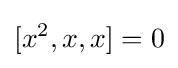
[x^{2},x,x]=0